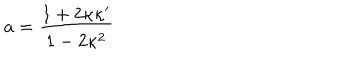
a = \frac { 1 + 2 \kappa \kappa ^ { \prime } } { 1 - 2 \kappa ^ { 2 } }